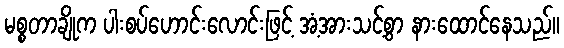
မစ္စတာချိုက ပါးစပ်ဟောင်းလောင်းဖြင့် အံ့အားသင့်စွာ နားထောင်နေသည်။